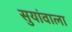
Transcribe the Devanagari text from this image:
सुयांवाला